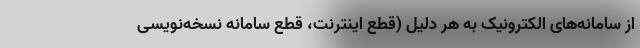
از سامانه‌های الکترونیک به هر دلیل (قطع اینترنت، قطع سامانه نسخه‌نویسی